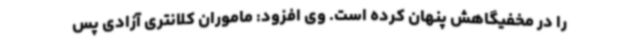
را در مخفیگاهش پنهان کرده است. وی افزود: ماموران کلانتری آزادی پس